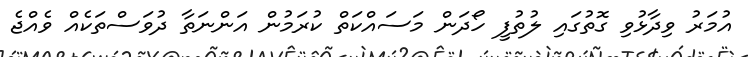
އުމަރު ވިދާޅުވި ގޮތުގައި ލުތުފީ ހޯދަން މަސައްކަތް ކުރަމުން އަންނަތާ ދުވަސްތަކެއް ވެއްޖެ